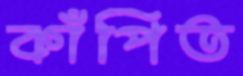
কাঁপিত